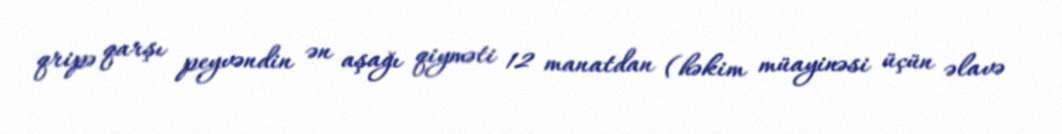
qripə qarşı peyvəndin ən aşağı qiyməti 12 manatdan (həkim müayinəsi üçün əlavə